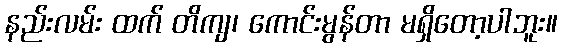
နည်းလမ်း ထက် တိကျ၊ ကောင်းမွန်တာ မရှိတော့ပါဘူး။